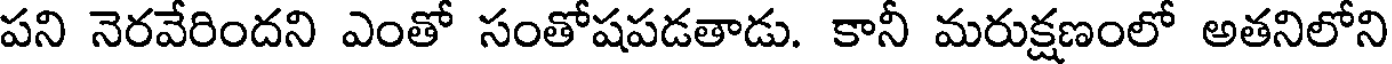
పని నెరవేరిందని ఎంతో సంతోషపడతాడు. కానీ మరుక్షణంలో అతనిలోని